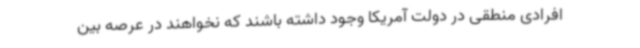
افرادی منطقی در دولت آمریکا وجود داشته باشند که نخواهند در عرصه بین